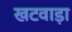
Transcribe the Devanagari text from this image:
खटवाड़ा